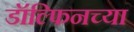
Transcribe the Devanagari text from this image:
डॉल्फिनच्या